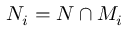
N _ { i } = N \cap M _ { i }